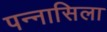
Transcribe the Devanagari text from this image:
पन्नासिला